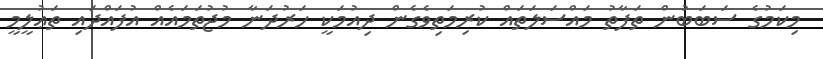
މިކަމުގެ ސަބަބުން ތަފާތު މައްސަލަތައް ކުރިމަތިވެގެން ދިއުމަކީ ހަރުދަނާ މުޖުތަމައެއް އުފައްދައި ތަޢުލީމީ